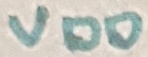
Text: VDD